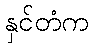
နှင်တံက